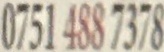
0751 488 7378